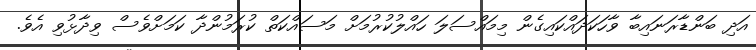
އަދި ބަންޑާރަނައިބާ ވާހަކަދައްކައިގެން މިމައްސަލަ ހައްލުކުރުމަށް މަސައްކަތް ކުރަމުންދާ ކަމަށްވެސް ވިދާޅުވި އެވެ.